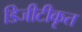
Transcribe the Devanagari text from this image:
डिजीटीकृत